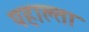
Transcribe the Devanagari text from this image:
पहाल्ता